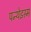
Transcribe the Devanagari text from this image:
पन्थेइस्म